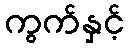
ကွက်နှင့်